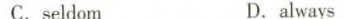
C.seldom D.always